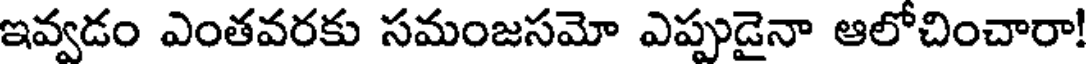
ఇవ్వడం ఎంతవరకు సమంజసమో ఎప్పుడైనా ఆలోచించారా!